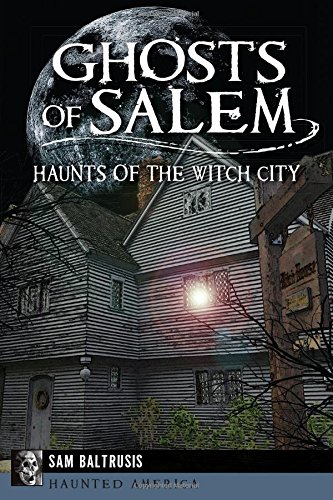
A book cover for Ghosts of Salem:: Haunts of the Witch City (Haunted America); Sam Baltrusis; Religion & Spirituality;